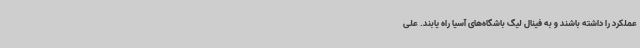
عملکرد را داشته باشند و به فینال لیگ باشگاه‌های آسیا راه یابند. علی